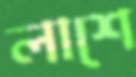
লাশে